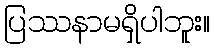
ပြဿနာမရှိပါဘူး။